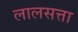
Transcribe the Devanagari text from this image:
लालसत्ता